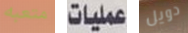
متعبه عمليات دويل